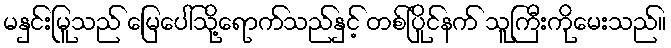
မနှင်းမြူသည် မြေပေါ်သို့ရောက်သည်နှင့် တစ်ပြိုင်နက် သူကြီးကိုမေးသည်။